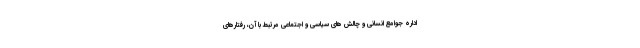
اداره جوامع انسانی و چالش های سیاسی و اجتماعی مرتبط با آن، رفتارهای